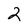
Character: 2